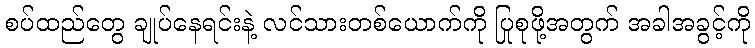
စပ်ထည်တွေ ချုပ်နေရင်းနဲ့ လင်သားတစ်ယောက်ကို ပြုစုဖို့အတွက် အခါအခွင့်ကို